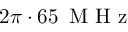
2 \pi \cdot 6 5 \, \textrm { M H z }